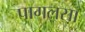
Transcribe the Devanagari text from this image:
पागलसा